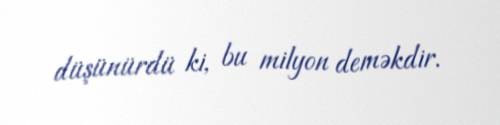
düşünürdü ki, bu milyon deməkdir.